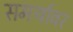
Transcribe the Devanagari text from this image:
समर्थावर